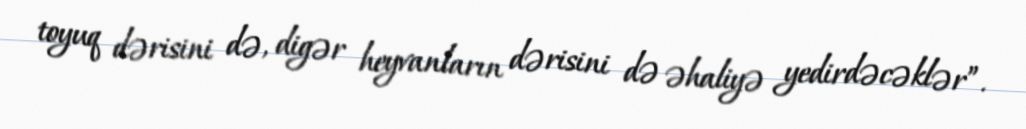
toyuq dərisini də, digər heyvanların dərisini də əhaliyə yedirdəcəklər”.